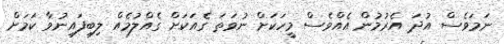
ނަމަވެސް އުދަ އެރުމުން އެއްވެސް މީހަކަށް ނުވަތަ ގެއަކަށް ގެއްލުމެއް ލިބިފައިނުވާ ކަމަށް